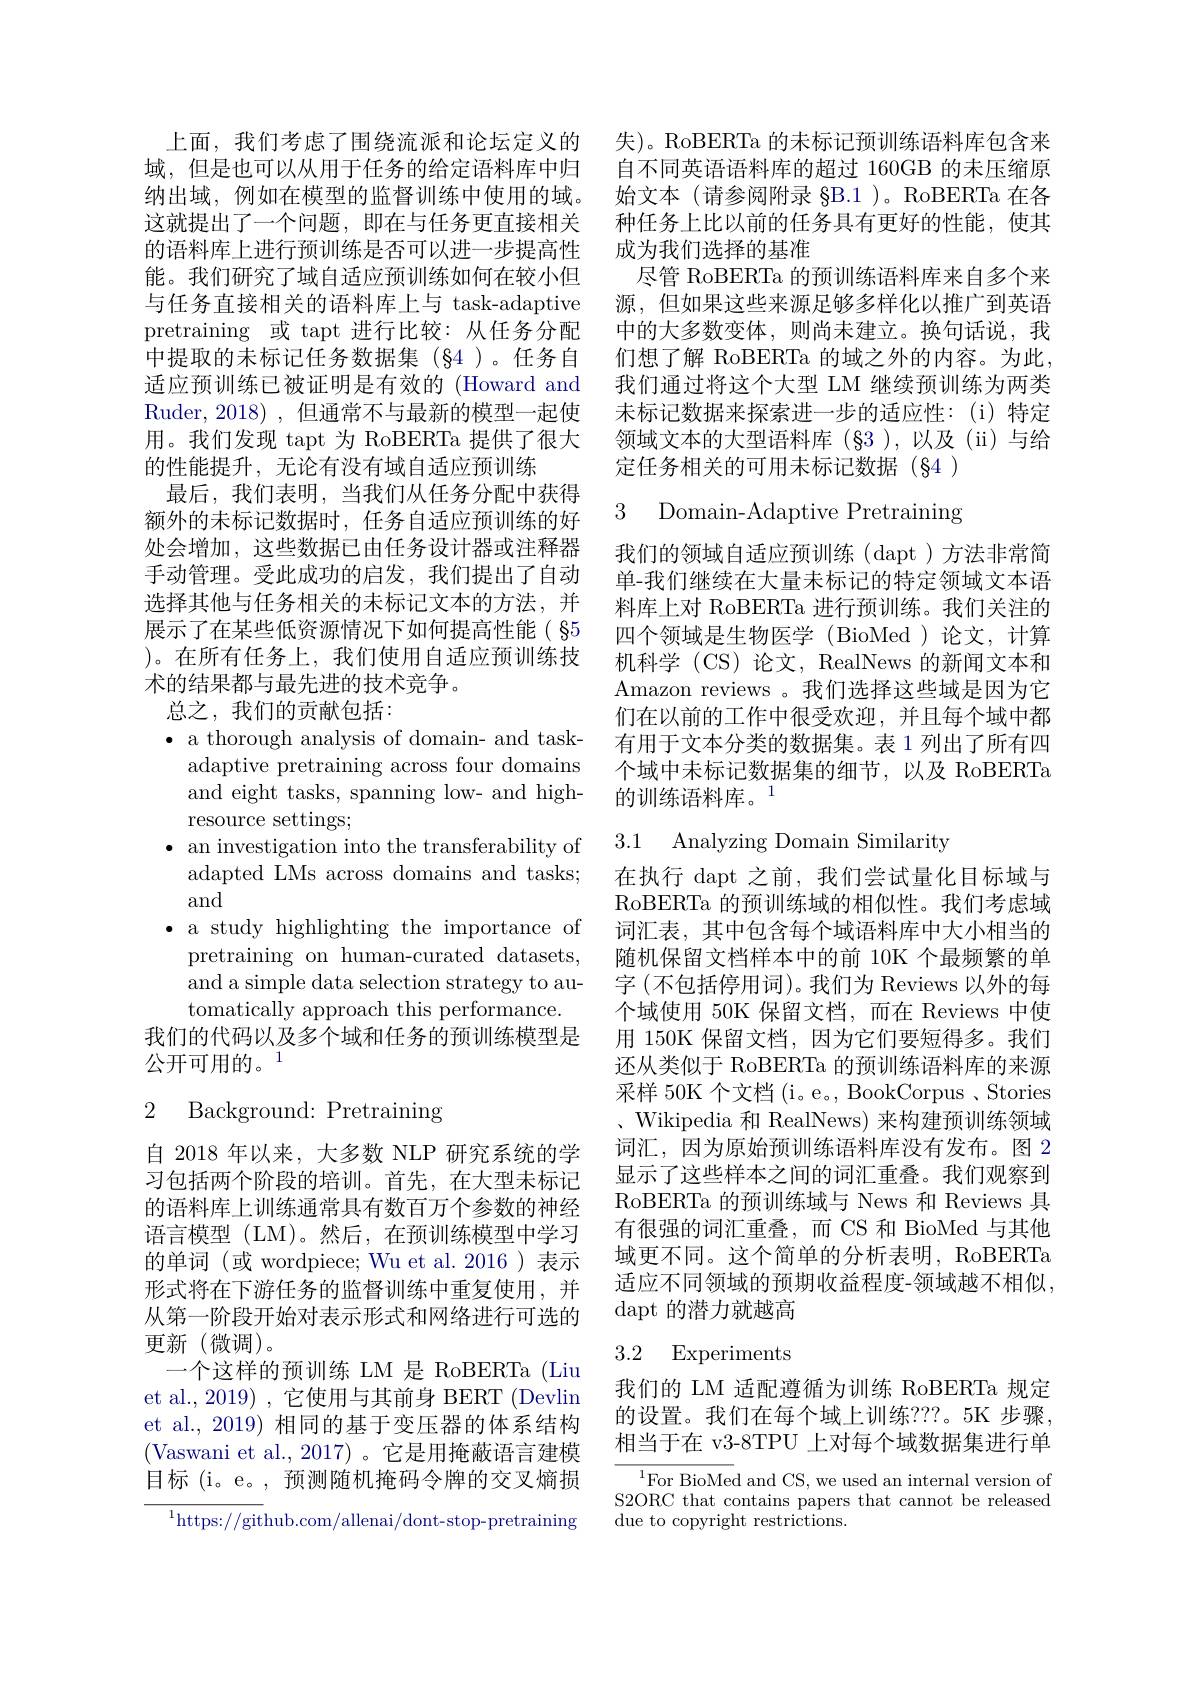
能。我们研究了域自适应预训练如何在较小但pretraining 或 tapt 进行比较：从任务分配中提取的未标记任务数据集(§4)。任务自适应预训练已被证明是有效的 (Howard and Ruder, 2018) ,但通常不与最新的模型一起使用。我们发现 tapt 为 RoBERTa 提供了很大的性能提升，无论有没有域自适应预训练
最后，我们表明，当我们从任务分配中获得额外的未标记数据时，任务自适应预训练的好处会增加，这些数据已由任务设计器或注释器手动管理。受此成功的启发，我们提出了自动选择其他与任务相关的未标记文本的方法，并展示了在某些低资源情况下如何提高性能( §5 )。在所有任务上，我们使用自适应预训练技术的结果都与最先进的技术竞争。
总之，我们的贡献包括：

$\bullet$ a thorough analysis of domain- and taskadaptive pretraining across four domains and eight tasks, spanning low- and highresource settings;
$\bullet$ an investigation into the transferability of
adapted LMs across domains and tasks;
and
$\bullet$ a study highlighting the importance of
pretraining on human-curated datasets, and a simple data selection strategy to automatically approach this performance. 我们的代码以及多个域和任务的预训练模型是公开可用的。$^{1}$

# 2 Background: Pretraining

自 2018 年以来，大多数 NLP 研究系统的学习包括两个阶段的培训。首先，在大型未标记的语料库上训练通常具有数百万个参数的神经语言模型 (LM)。然后，在预训练模型中学习的单词 (或 wordpiece; Wu et al. 2016 )表示形式将在下游任务的监督训练中重复使用，并从第一阶段开始对表示形式和网络进行可选的更新(微调)。
一个这样的预训练 LM 是 RoBERTa (Liu et al.,2019) ,它使用与其前身 BERT (Devlin et al., 2019) 相同的基于变压器的体系结构(Vaswani et al.,2017)。它是用掩蔽语言建模目标 (i。e。,预测随机掩码令牌的交叉熵损
${^{1}\mathrm{https://git}}$hub.com/allenai/dont-stop-pretraining

上面，我们考虑了围绕流派和论坛定义的 失)。RoBERTa 的未标记预训练语料库包含来域，但是也可以从用于任务的给定语料库中归 自不同英语语料库的超过 160GB 的未压缩原纳出域，例如在模型的监督训练中使用的域。始文本 (请参阅附录 §B.1 )。RoBERTa 在各这就提出了一个问题，即在与任务更直接相关 种任务上比以前的任务具有更好的性能，使其的语料库上进行预训练是否可以进一步提高性 成为我们选择的基准
尽管 RoBERTa 的预训练语料库来自多个来
与任务直接相关的语料库上与 task-adaptive 源，但如果这些来源足够多样化以推广到英语
中的大多数变体，则尚未建立。换句话说，我们想了解 RoBERTa 的域之外的内容。为此， 我们通过将这个大型 LM 继续预训练为两类未标记数据来探索进一步的适应性：(i)特定领域文本的大型语料库(§3),以及(ii)与给定任务相关的可用未标记数据(§4)

3 Domain-Adaptive Pretraining

我们的领域自适应预训练(dapt)方法非常简单-我们继续在大量未标记的特定领域文本语料库上对 RoBERTa 进行预训练。我们关注的四个领域是生物医学 (BioMed )论文，计算机科学 (CS)论文，RealNews 的新闻文本和Amazon reviews 。我们选择这些域是因为它们在以前的工作中很受欢迎，并且每个域中都有用于文本分类的数据集。表 1 列出了所有四个域中未标记数据集的细节，以及 RoBERTa 的训练语料库。1

# 3.1 Analyzing Domain Similarity

在执行 dapt 之前，我们尝试量化目标域与RoBERTa 的预训练域的相似性。我们考虑域词汇表，其中包含每个域语料库中大小相当的随机保留文档样本中的前 10K 个最频繁的单字 (不包括停用词)。我们为 Reviews 以外的每个域使用 50K 保留文档，而在 Reviews 中使用 150K 保留文档，因为它们要短得多。我们还从类似于 RoBERTa 的预训练语料库的来源采样 50K 个文档 (i。e。, BookCorpus 、Stories $、$Wikipedia 和 RealNews) 来构建预训练领域词汇，因为原始预训练语料库没有发布。图 2显示了这些样本之间的词汇重叠。我们观察到RoBERTa 的预训练域与 News 和 Reviews 具有很强的词汇重叠，而 CS 和 BioMed 与其他域更不同。这个简单的分析表明，RoBERTa 适应不同领域的预期收益程度-领域越不相似， $\operatorname{dapt}$的潜力就越高

## 3.2 Experiments

我们的 LM 适配遵循为训练 RoBERTa 规定的设置。我们在每个域上训练？??。5K 步骤， 相当于在 v3-8TPU 上对每个域数据集进行单

$^{1}$For BioMed and CS, we used an internal version of S2ORC that contains papers that cannot be released due to copyright restrictions.